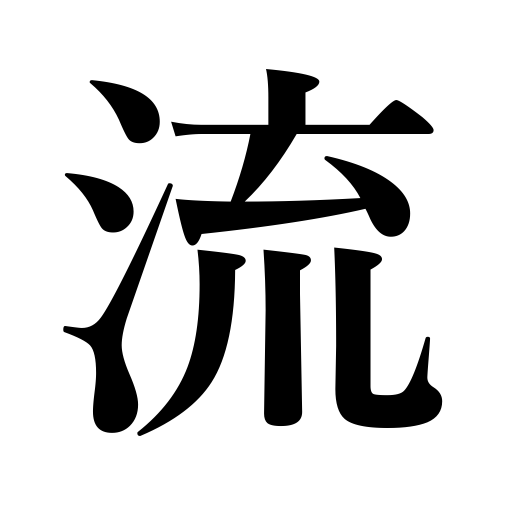
Meanings: wash off,foreclose,dash,float,drift,drain,forfeit,lapse,be forfeited,counter for flags,run down,trickle,be swayed by,shed tears,years pass,be foreclosed,be washed away,ooze,pour,current,wash away,flow,exile,let run out,spill,sluice,wander,flush,set adrift,cruise taxis,incline to